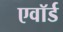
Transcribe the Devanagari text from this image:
एवॉर्ड